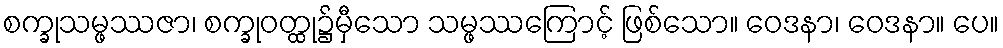
စက္ခုသမ္ဖဿဇာ၊ စက္ခုဝတ္ထု၌မှီသော သမ္ဖဿကြောင့် ဖြစ်သော။ ဝေဒနာ၊ ဝေဒနာ။ ပေ။